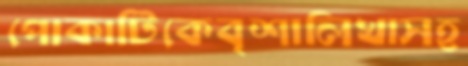
পোকাটিকেবৃশালিখাসহ